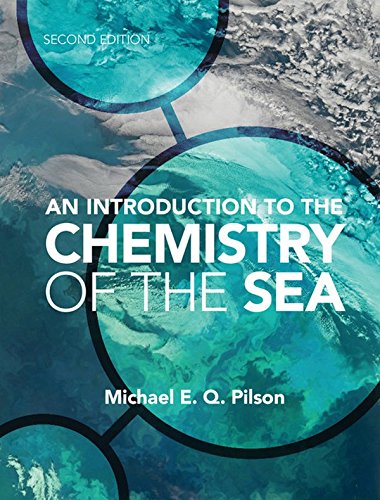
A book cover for An Introduction to the Chemistry of the Sea; Michael E. Q. Pilson; Science & Math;